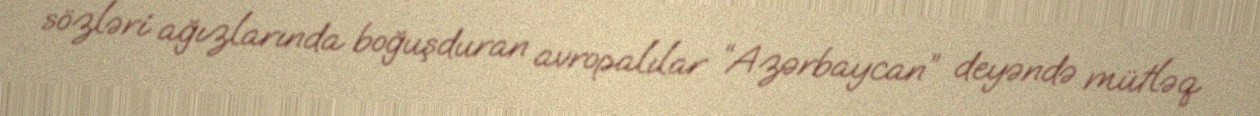
sözləri ağızlarında boğuşduran avropalılar “Azərbaycan” deyəndə mütləq